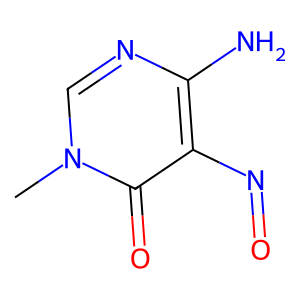
SMILES: Cn1cnc(N)c(N=O)c1=O
Inhibits HIV replication: No